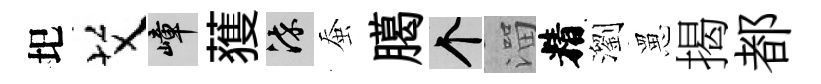
圯艾嶂𫉬染蚕臈个溜精瀏罳揭都